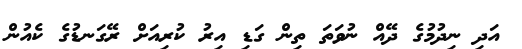
އަދި ނިދުމުގެ ދޭއް ނުވަތަ ތިން ގަޑި އިރު ކުރިއަށް ރޭގަނޑުގެ ކެއުން